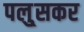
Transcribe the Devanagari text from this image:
पलु्सकर